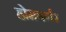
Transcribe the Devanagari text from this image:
होमबर्गर